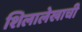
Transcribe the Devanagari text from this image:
शिलालेखाची